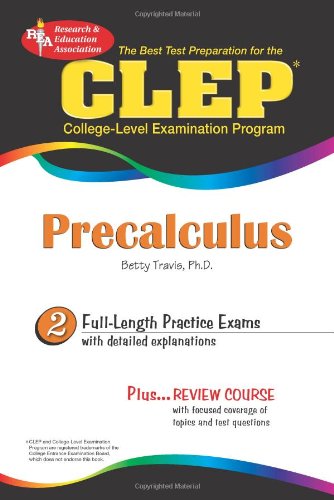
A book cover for CLEPÂ® Precalculus (CLEP Test Preparation); Betty Travis PhD; Test Preparation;